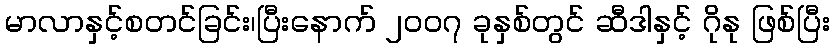
မာလာနှင့်စတင်ခြင်း၊ပြီးနောက် ၂၀၀၇ ခုနှစ်တွင် ဆီဒါနှင့် ဂိုနု ဖြစ်ပြီး